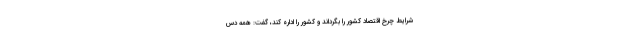
شرایط چرخ اقتصاد کشور را بگرداند و کشور را اداره کند، گفت: همه دس